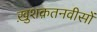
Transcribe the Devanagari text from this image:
ख़ुशक़तनवीसों